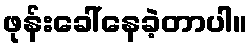
ဖုန်းခေါ်နေခဲ့တာပါ။